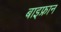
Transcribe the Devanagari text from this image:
बाइफ्रान